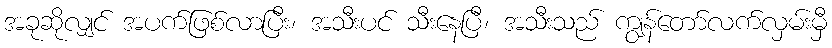
အခုဆိုလျှင် အပက်ဖြစ်လာပြီး၊ အသီးပင် သီးနေပြီ၊ အသီးသည် ကျွန်တော်လက်လှမ်းမှီ